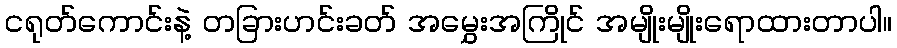
ငရုတ်ကောင်းနဲ့ တခြားဟင်းခတ် အမွှေးအကြိုင် အမျိုးမျိုးရောထားတာပါ။